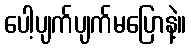
ပေါ့ပျက်ပျက်မပြောနဲ့။